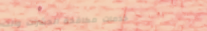
خدمات مكافحة الحشرات والت